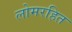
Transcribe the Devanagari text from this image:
लोमरहित